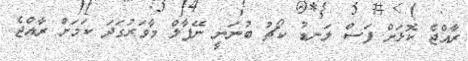
ރާއްޖެ ކޮޅަށް ފަސް ލަނޑު ކޯޗު ބުނަނީ ނޭޕާލް މާވަރުގަދަ ކަމަށް ރާއްޖެ